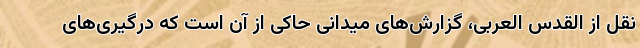
نقل از القدس العربی، گزارش‌های میدانی حاکی از آن است که درگیری‌های